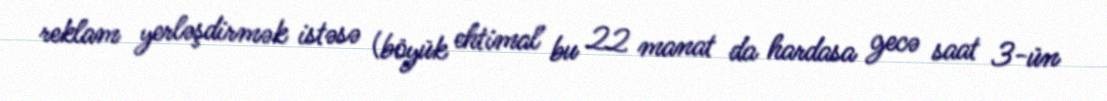
reklam yerləşdirmək istəsə (böyük ehtimal bu 22 manat da hardasa gecə saat 3-ün